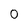
Character: O